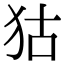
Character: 狜